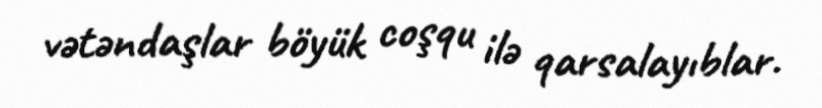
vətəndaşlar böyük coşqu ilə qarsalayıblar.